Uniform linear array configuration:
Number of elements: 48
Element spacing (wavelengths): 0.75
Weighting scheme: binomial
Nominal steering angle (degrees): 0
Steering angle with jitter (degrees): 1.594
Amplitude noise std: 0.05
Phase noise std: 0.05

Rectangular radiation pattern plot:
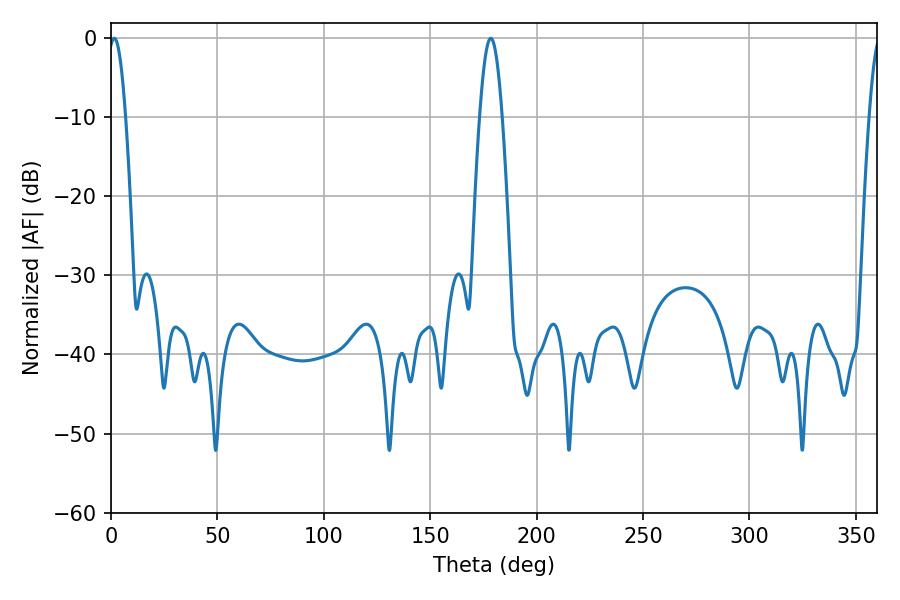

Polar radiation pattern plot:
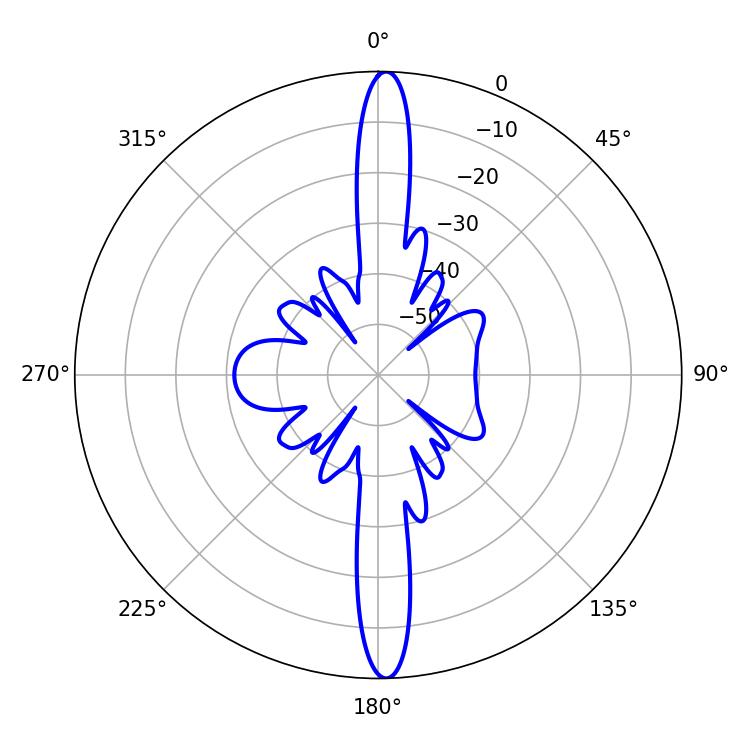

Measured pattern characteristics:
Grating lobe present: TRUE
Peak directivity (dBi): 25.493
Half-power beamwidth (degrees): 4.32
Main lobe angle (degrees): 1.62